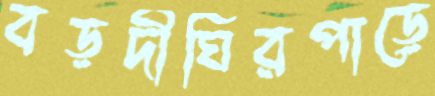
বড়দীঘিরপাড়ে